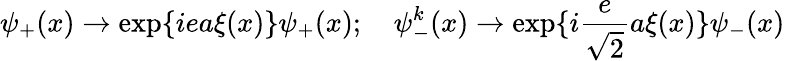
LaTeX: \psi_{+}(x)\rightarrow\exp\{ iea\xi(x)\} \psi_{+}(x);\quad\psi_{-}^{k}(x)\rightarrow\exp\{ i\frac{e}{\sqrt{2}}a\xi(x)\} \psi_{-}(x)